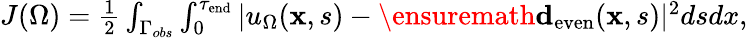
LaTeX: \begin{array}{r}{J(\Omega)={\frac{1}{2}}\int_{\Gamma_{obs}}\int_{0}^{\tau_{\mathrm{end}}}|u_{\Omega}(\mathbf x,s)-\ensuremath{\mathbf d_{\mathrm{even}}}(\mathbf x,s)|^{2}dsdx,}\end{array}